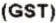
(GST)